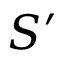
S ^ { \prime }